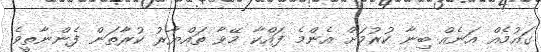
ގައުމެއް އަނެއް ބިނާ ކުރުމަށް އެންމެ ފައްކާ މޭވާ ތައްޔާރު ކުރާތަން ފެންނާތީވެ